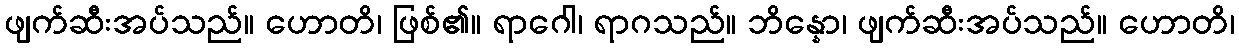
ဖျက်ဆီးအပ်သည်။ ဟောတိ၊ ဖြစ်၏။ ရာဂေါ၊ ရာဂသည်။ ဘိန္နော၊ ဖျက်ဆီးအပ်သည်။ ဟောတိ၊